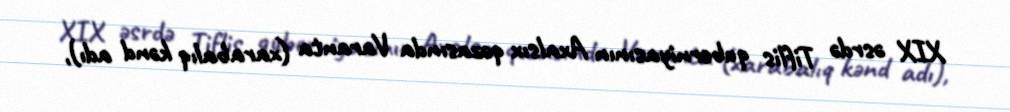
XIX əsrdə Tiflis quberniyasının Axalsıx qəzasında Varanta (xarabalıq kənd adı),